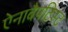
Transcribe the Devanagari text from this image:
ऐनाबैपटिस्ट